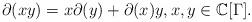
LaTeX: \begin{align*}\partial(xy) = x \partial(y) + \partial(x) y, x,y \in \mathbb{C}[\Gamma].\end{align*}